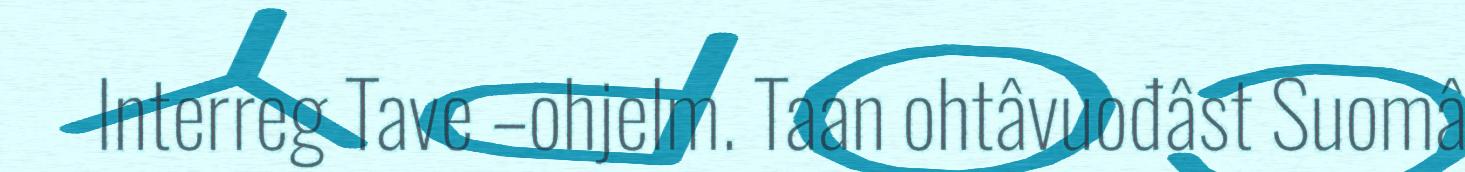
Interreg Tave –ohjelm. Taan ohtâvuođâst Suomâ